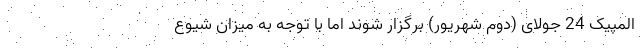
المپیک 24 جولای (دوم شهریور) برگزار شوند اما با توجه به میزان شیوع